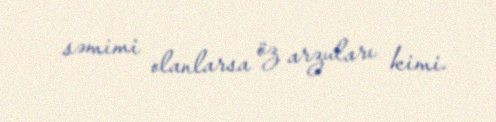
səmimi olanlarsa öz arzuları kimi.